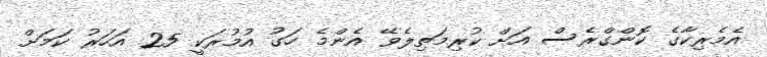
އެމެރިކާގެ ކޮންގްރެސް އަށް ކުރިމަތިލެވޭ އެންމެ ހަގު އުމުރަކީ 25 އަހަރު ކަމަށް